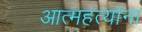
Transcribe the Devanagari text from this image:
आत्महत्यांना